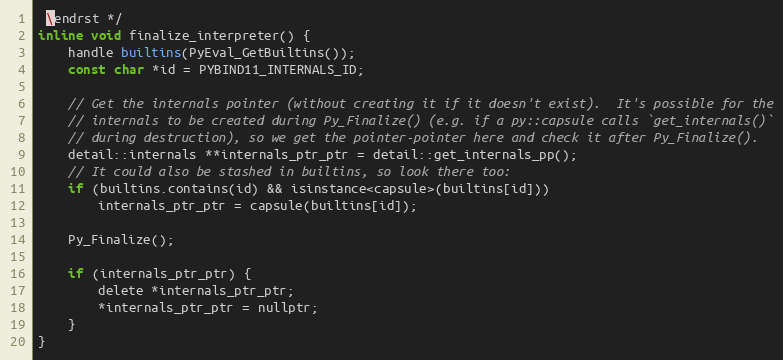
Language: C
 \endrst */
inline void finalize_interpreter() {
    handle builtins(PyEval_GetBuiltins());
    const char *id = PYBIND11_INTERNALS_ID;

    // Get the internals pointer (without creating it if it doesn't exist).  It's possible for the
    // internals to be created during Py_Finalize() (e.g. if a py::capsule calls `get_internals()`
    // during destruction), so we get the pointer-pointer here and check it after Py_Finalize().
    detail::internals **internals_ptr_ptr = detail::get_internals_pp();
    // It could also be stashed in builtins, so look there too:
    if (builtins.contains(id) && isinstance<capsule>(builtins[id]))
        internals_ptr_ptr = capsule(builtins[id]);

    Py_Finalize();

    if (internals_ptr_ptr) {
        delete *internals_ptr_ptr;
        *internals_ptr_ptr = nullptr;
    }
}